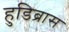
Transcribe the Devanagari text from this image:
हुडिब्रास